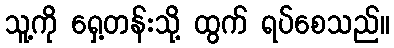
သူ့ကို ရှေ့တန်းသို့ ထွက် ရပ်စေသည်။